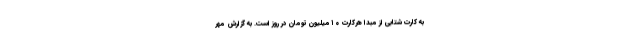
به کارت شتابی از مبدا هرکارت ۱۰میلیون تومان در روز است. به گزارش مهر